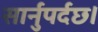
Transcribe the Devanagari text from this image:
सार्नुपर्दछ।